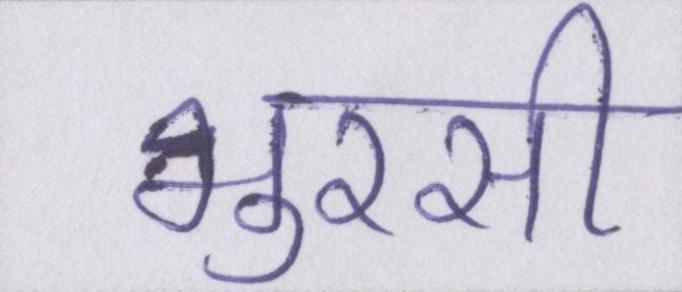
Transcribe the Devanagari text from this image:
भुरसी